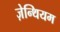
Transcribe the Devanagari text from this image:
ज़ेन्थियम